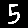
Digit: 5